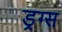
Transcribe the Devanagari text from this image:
ड्रग्‍स